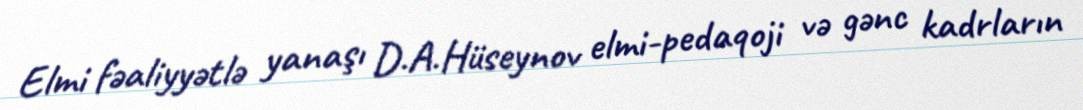
Elmi fəaliyyətlə yanaşı D.A.Hüseynov elmi-pedaqoji və gənc kadrların